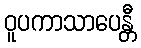
ဝူပကာသာပေန္တီ